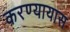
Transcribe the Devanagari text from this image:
करण्यायास